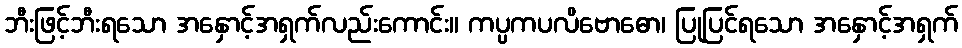
ဘီးဖြင့်ဘီးရသော အနှောင့်အရှက်လည်းကောင်း။ ကပ္ပကပလိဗောဓော၊ ပြုပြင်ရသော အနှောင့်အရှက်